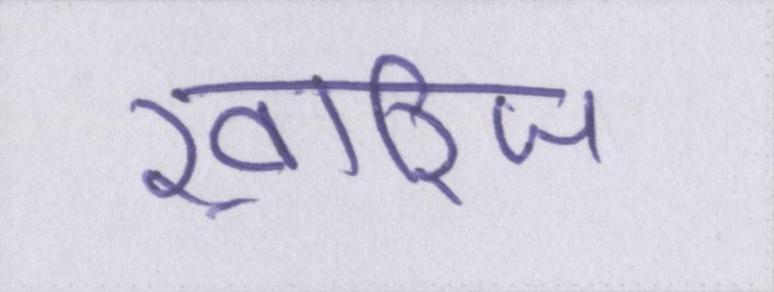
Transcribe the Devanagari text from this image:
ख़ारिज